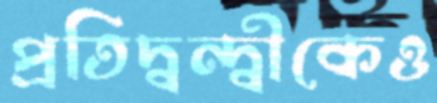
প্রতিদ্বন্দ্বীকেও